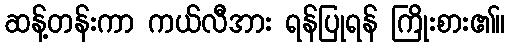
ဆန့်တန်းကာ ကယ်လီအား ရန်ပြုရန် ကြိုးစား၏။